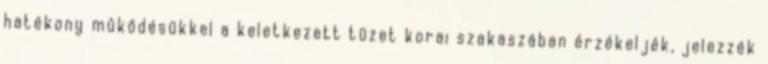
hatékony mûködésükkel a keletkezett tüzet korai szakaszában érzékeljék, jelezzék